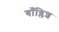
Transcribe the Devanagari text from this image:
बाँग्लिश